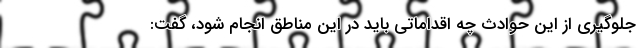
جلوگیری از این حوادث چه اقداماتی باید در این مناطق انجام شود، گفت: